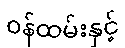
ဝန်ထမ်းနှင့်